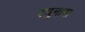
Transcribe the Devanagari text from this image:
रघुनाथा